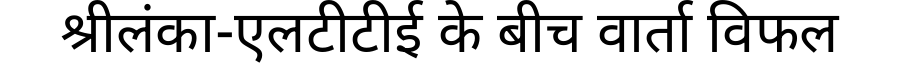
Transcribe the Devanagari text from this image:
श्रीलंका-एलटीटीई के बीच वार्ता विफल